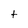
Character: t